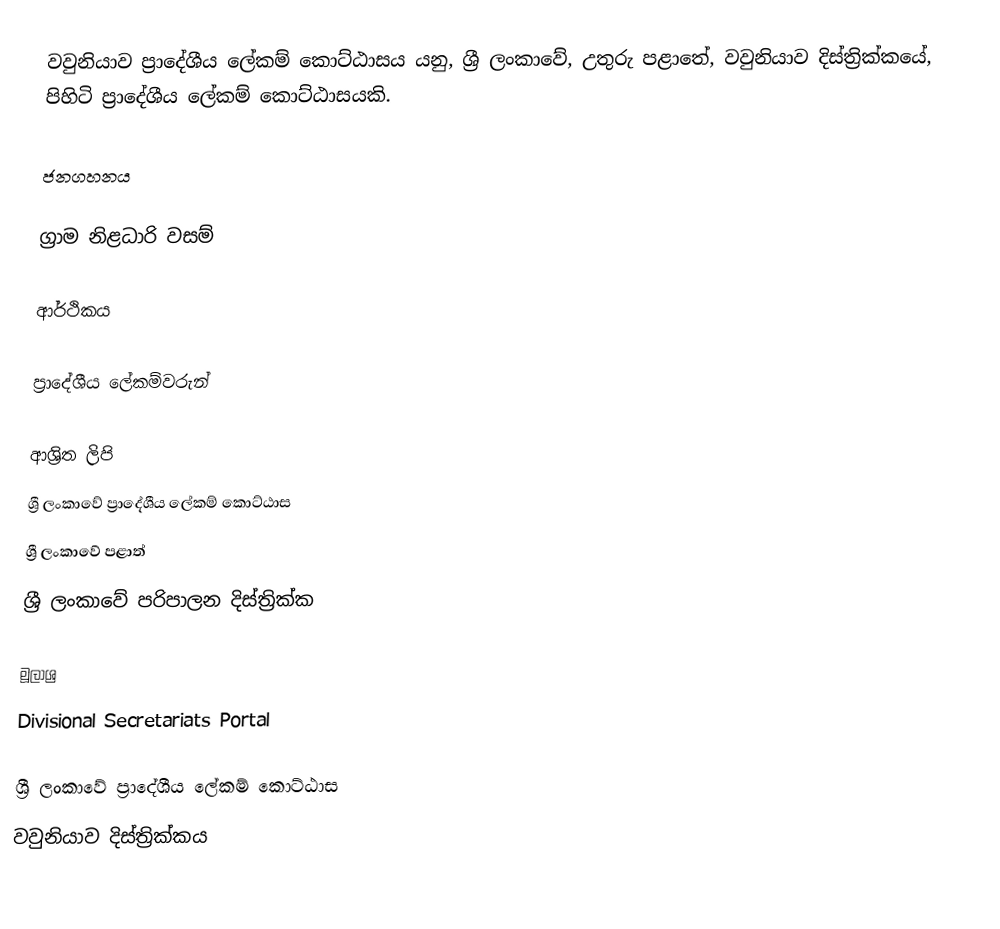
වවුනියාව ප්‍රාදේශීය ලේකම් කොට්ඨාසය යනු,  ශ්‍රී ලංකාවේ, උතුරු පළාතේ,   වවුනියාව දිස්ත්‍රික්කයේ, පිහිටි ප්‍රාදේශීය ලේකම් කොට්ඨාසයකි.

ජනගහනය

ග්‍රාම නිළධාරි වසම්

ආර්ථිකය

ප්‍රාදේශීය ලේකම්වරුන්

ආශ්‍රිත ලිපි
ශ්‍රී ලංකාවේ ප්‍රාදේශීය ලේකම් කොට්ඨාස
ශ්‍රී ලංකාවේ පළාත්
ශ්‍රී ලංකාවේ පරිපාලන දිස්ත්‍රික්ක

මූලාශ්‍ර
 Divisional Secretariats Portal

ශ්‍රී ලංකාවේ ප්‍රාදේශීය ලේකම් කොට්ඨාස
වවුනියාව දිස්ත්‍රික්කය